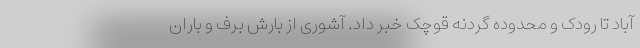
آباد تا رودک و محدوده گردنه قوچک خبر داد. آشوری از بارش برف و باران